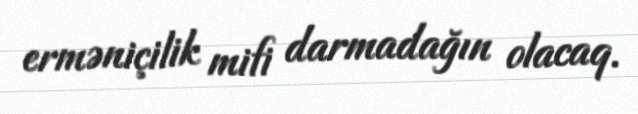
erməniçilik mifi darmadağın olacaq.